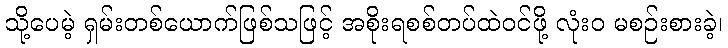
သို့ပေမဲ့ ရှမ်းတစ်ယောက်ဖြစ်သဖြင့် အစိုးရစစ်တပ်ထဲဝင်ဖို့ လုံးဝ မစဉ်းစားခဲ့၊